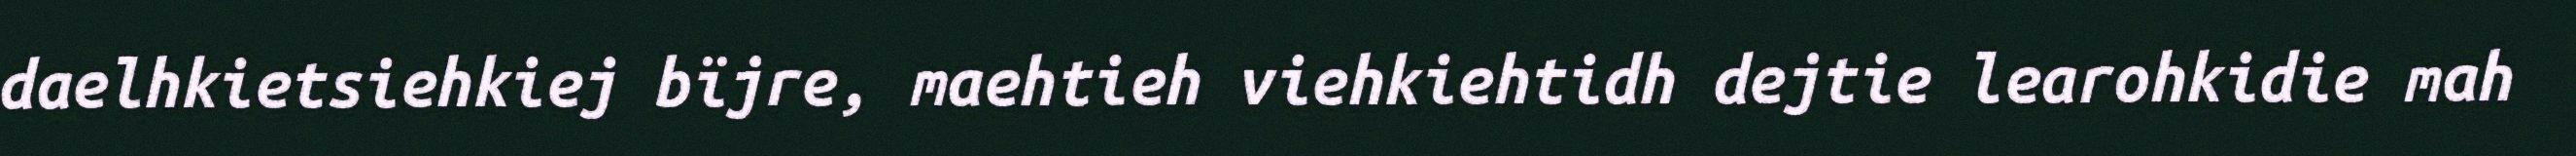
daelhkietsiehkiej bïjre, maehtieh viehkiehtidh dejtie learohkidie mah